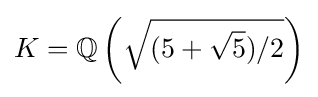
K=\mathbb {Q} \left({\sqrt {(5+{\sqrt {5}})/2}}\right)